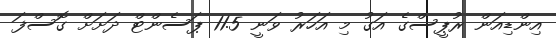
އިންޑިއަން ރުޕީސްގެ އަގު މި އަހަރު ވަނީ 11.5 ޕަސެންޓް ދަށަށް ގޮސްފަ